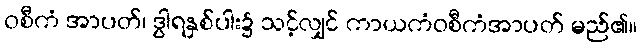
ဝစီကံ အာပတ်၊ ဒွါရနှစ်ပါး၌ သင့်လျှင် ကာယကံဝစီကံအာပတ် မည်၏။